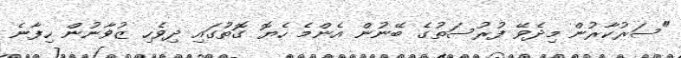
"ސަރުކާރުން މިދެވޭ ފުރުސަތުގެ ބޭނުން އެންމެ ހެޔޮ ގޮތުގައި ދިވެހި ޒުވާނުން ހިފާނެ